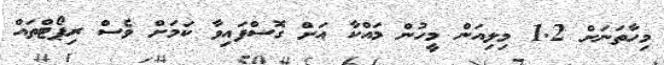
މިހާތަނަށް 1.2 މިލިއަން މީހުން މައްކާ އަށް ގޮސްފައިވާ ކަމަށް ވެސް ރިޕޯޓްތައް